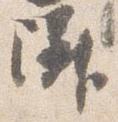
隣